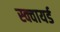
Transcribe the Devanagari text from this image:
स्क्वायर्ड